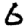
Digit: 6